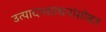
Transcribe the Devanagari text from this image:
उत्पादनसाधनांसोबत